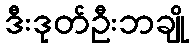
ဒီးဒုတ်ဦးဘချို